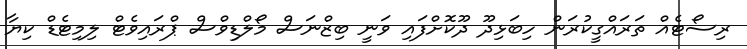
ރިސޯޓެއް ތަރައްގީކުރަން ހިބަޅިދޫ ދޫކޮށްފައި ވަނީ ބިޒްނަސް މޯލްޑިވްސް ޕްރައިވެޓް ލިމިޓެޑް ކިޔާ